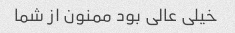
خیلى عالى بود ممنون از شما